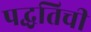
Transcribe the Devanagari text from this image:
पद्धतिची